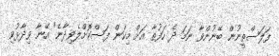
ފަލަސްތީނުން ބޭނުންވާ ނަމަ ދެ ހަފުތާ އަށް މިކަން ފަސްކޮށްލެވިދާނެ" އޭނާ ވިދާޅުވި